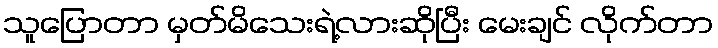
သူပြောတာ မှတ်မိသေးရဲ့လားဆိုပြီး မေးချင် လိုက်တာ